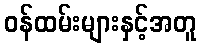
ဝန်ထမ်းများနှင့်အတူ